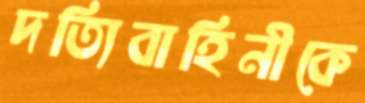
দত্যিবাহিনীকে